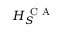
H _ { S } ^ { \mathrm { ~ C ~ A ~ } }